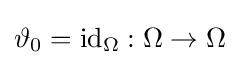
\vartheta _{0}=\mathrm {id} _{\Omega }:\Omega \to \Omega